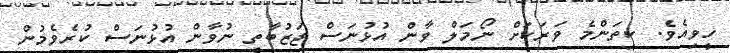
ހީވިއެވެ. ކިތަންމެ ވަރަކަށް ނޯމަލް ވާން އުޅުނަސް ޖަޒުބާތީ ނުވާން އުޅުނަސް ކުރެވެމުން